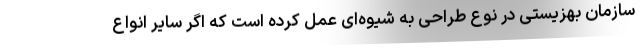
سازمان بهزیستی در نوع طراحی به شیوه‌ای عمل کرده است که اگر سایر انواع